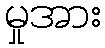
မှုအား